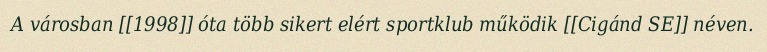
A városban [[1998]] óta több sikert elért sportklub működik [[Cigánd SE]] néven.